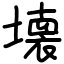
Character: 壊